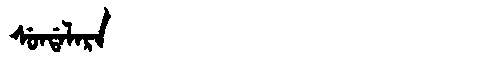
Manchu: ᠰᡠᠨᡩᠠᠯᠠᡵᠠ
Romanization: SUNDALARA